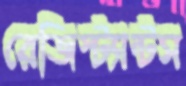
রেজিস্ট্যান্টস